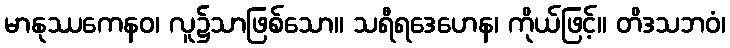
မာနုဿကေနဝ၊ လူ၌သာဖြစ်သော။ သရီရဒေဟေန၊ ကိုယ်ဖြင့်။ တိဒသဘဝံ၊